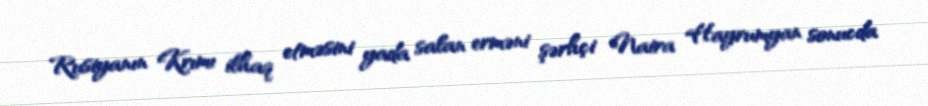
Rusiyanın Krımı ilhaq etməsini yada salan erməni şərhçi Naira Hayrumyan sonucda